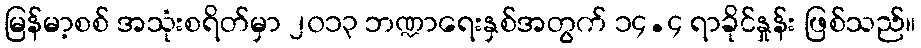
မြန်မာ့စစ် အသုံးစရိတ်မှာ ၂၀၁၃ ဘဏ္ဍာရေးနှစ်အတွက် ၁၄.၄ ရာခိုင်နှုန်း ဖြစ်သည်။